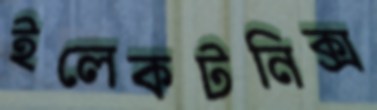
ইলেকটনিক্স